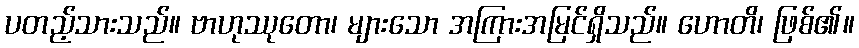
ပတည့်သားသည်။ ဗာဟုဿုတော၊ များသော အကြားအမြင်ရှိသည်။ ဟောတိ၊ ဖြစ်၏။